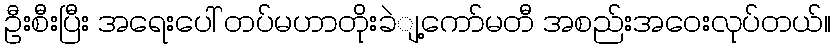
ဦးစီးပြီး အရေးပေါ် တပ်မဟာတိုးခဲျ့ကော်မတီ အစည်းအဝေးလုပ်တယ်။